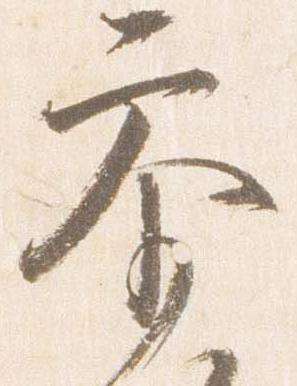
参